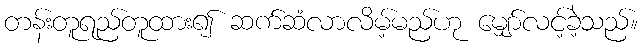
တန်းတူရည်တူထား၍ ဆက်ဆံလာလိမ့်မည်ဟု မျှော်လင့်ခဲ့သည်။